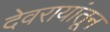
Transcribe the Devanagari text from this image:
देवरायांतून